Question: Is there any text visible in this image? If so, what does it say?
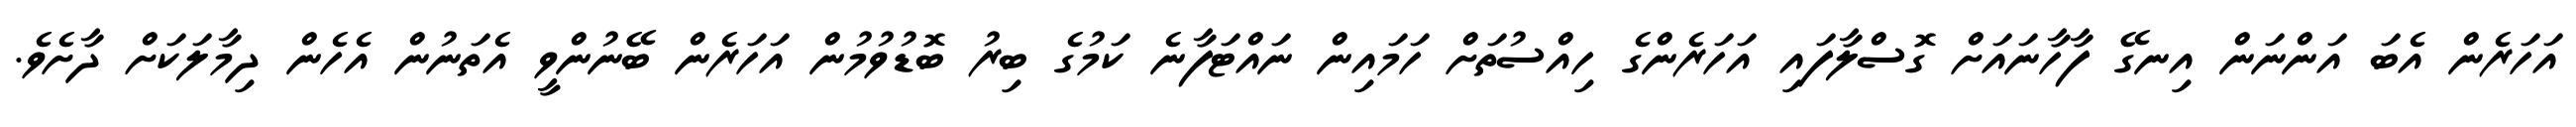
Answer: އަހަރެން އެބަ އަންނަން އިނގޭ ފާހާނައަށް ގޮސްލާފައި އަހަރެންގެ ހިއްސުތަށް ހަމައިން ނައްޓަފާނެ ކަމުގެ ބިރު ބޮޑުވުމުން އަހަރެން ބޭނުންވީ އެތަނުން އެހެން ދިމާލަކަށް ދާށެވެ.